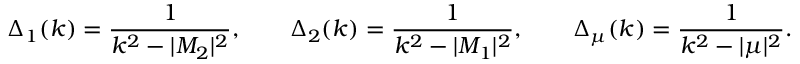
\Delta _ { 1 } ( k ) = { \frac { 1 } { k ^ { 2 } - | M _ { 2 } | ^ { 2 } } } , \qquad \Delta _ { 2 } ( k ) = { \frac { 1 } { k ^ { 2 } - | M _ { 1 } | ^ { 2 } } } , \qquad \Delta _ { \mu } ( k ) = { \frac { 1 } { k ^ { 2 } - | \mu | ^ { 2 } } } .